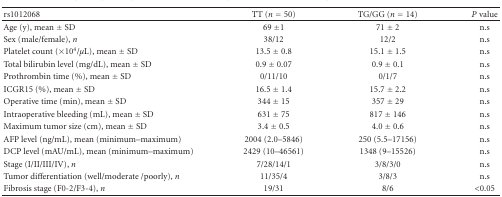
<table><thead><tr><td><b>rs1012068</b></td><td><b>TT (<i>n</i> = 50)</b></td><td><b>TG/GG (<i>n</i> = 14)</b></td><td><b><i>P</i> value</b></td></tr></thead><tbody><tr><td> Age (y), mean ± SD</td><td>69 ±1</td><td>71 ± 2</td><td>n.s</td></tr><tr><td> Sex (male/female), <i>n</i></td><td>38/12</td><td>12/2</td><td>n.s</td></tr><tr><td> Platelet count (×10<sup>4</sup>/<i>μ</i>L), mean ± SD</td><td>13.5 ± 0.8</td><td>15.1 ± 1.5</td><td>n.s</td></tr><tr><td> Total bilirubin level (mg/dL), mean ± SD</td><td>0.9 ± 0.07</td><td>0.9 ± 0.1</td><td>n.s</td></tr><tr><td> Prothrombin time (%), mean ± SD</td><td>0/11/10</td><td>0/1/7</td><td>n.s</td></tr><tr><td> ICGR15 (%), mean ± SD</td><td>16.5 ± 1.4</td><td>15.7 ± 2.2</td><td>n.s</td></tr><tr><td> Operative time (min), mean ± SD</td><td>344 ± 15</td><td>357 ± 29</td><td>n.s</td></tr><tr><td> Intraoperative bleeding (mL), mean ± SD</td><td>631 ± 75</td><td>817 ± 146</td><td>n.s</td></tr><tr><td> Maximum tumor size (cm), mean ± SD</td><td>3.4 ± 0.5</td><td>4.0 ± 0.6</td><td>n.s</td></tr><tr><td> AFP level (ng/mL), mean (minimum–maximum) </td><td>2004 (2.0–5846)</td><td>250 (5.5–17156)</td><td>n.s</td></tr><tr><td> DCP level (mAU/mL), mean (minimum–maximum)</td><td>2429 (10–46561)</td><td>1348 (9–15526)</td><td>n.s</td></tr><tr><td> Stage (I/II/III/IV), <i>n</i></td><td>7/28/14/1</td><td>3/8/3/0</td><td>n.s</td></tr><tr><td> Tumor differentiation (well/moderate /poorly), <i>n</i></td><td>11/35/4</td><td>3/8/3</td><td>n.s</td></tr><tr><td> Fibrosis stage (F0-2/F3-4), <i>n</i></td><td> 19/31</td><td>8/6</td><td>&lt;0.05</td></tr></tbody></table>